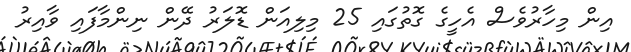
އިން މިހާރުވެސް އެހީގެ ގޮތުގައި 25 މިލިއަން ޑޮލަރު ދޭން ނިންމާފައި ވާއިރު